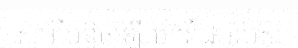
សូម្បីបន្តិចឡើយ។វីដេអូរបស់